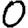
Digit: 0